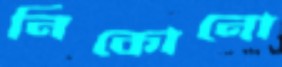
নিকোনো